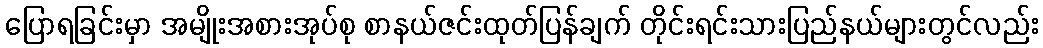
ပြောရခြင်းမှာ အမျိုးအစားအုပ်စု စာနယ်ဇင်းထုတ်ပြန်ချက် တိုင်းရင်းသားပြည်နယ်များတွင်လည်း